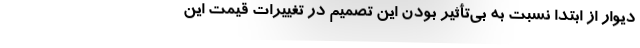
دیوار از ابتدا نسبت به بی‌تأثیر بودن این تصمیم در تغییرات قیمت این